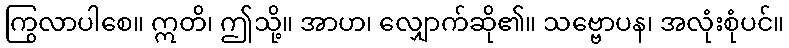
ကြွလာပါစေ။ ဣတိ၊ ဤသို့။ အာဟ၊ လျှောက်ဆို၏။ သဗ္ဗောပန၊ အလုံးစုံပင်။